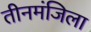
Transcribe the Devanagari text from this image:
तीनमंजिला